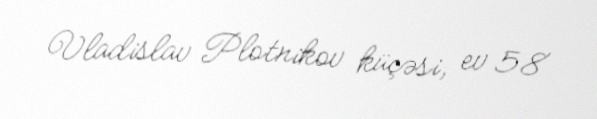
Vladislav Plotnikov küçəsi, ev 58